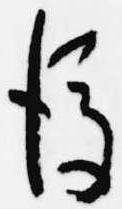
後